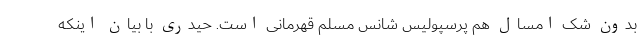
بدون شک امسال هم پرسپولیس شانس مسلم قهرمانی است. حیدری با بیان اینکه